65_HS1-834228961_62-HQ-83894_Section_8
Agency: FBI
Page 196
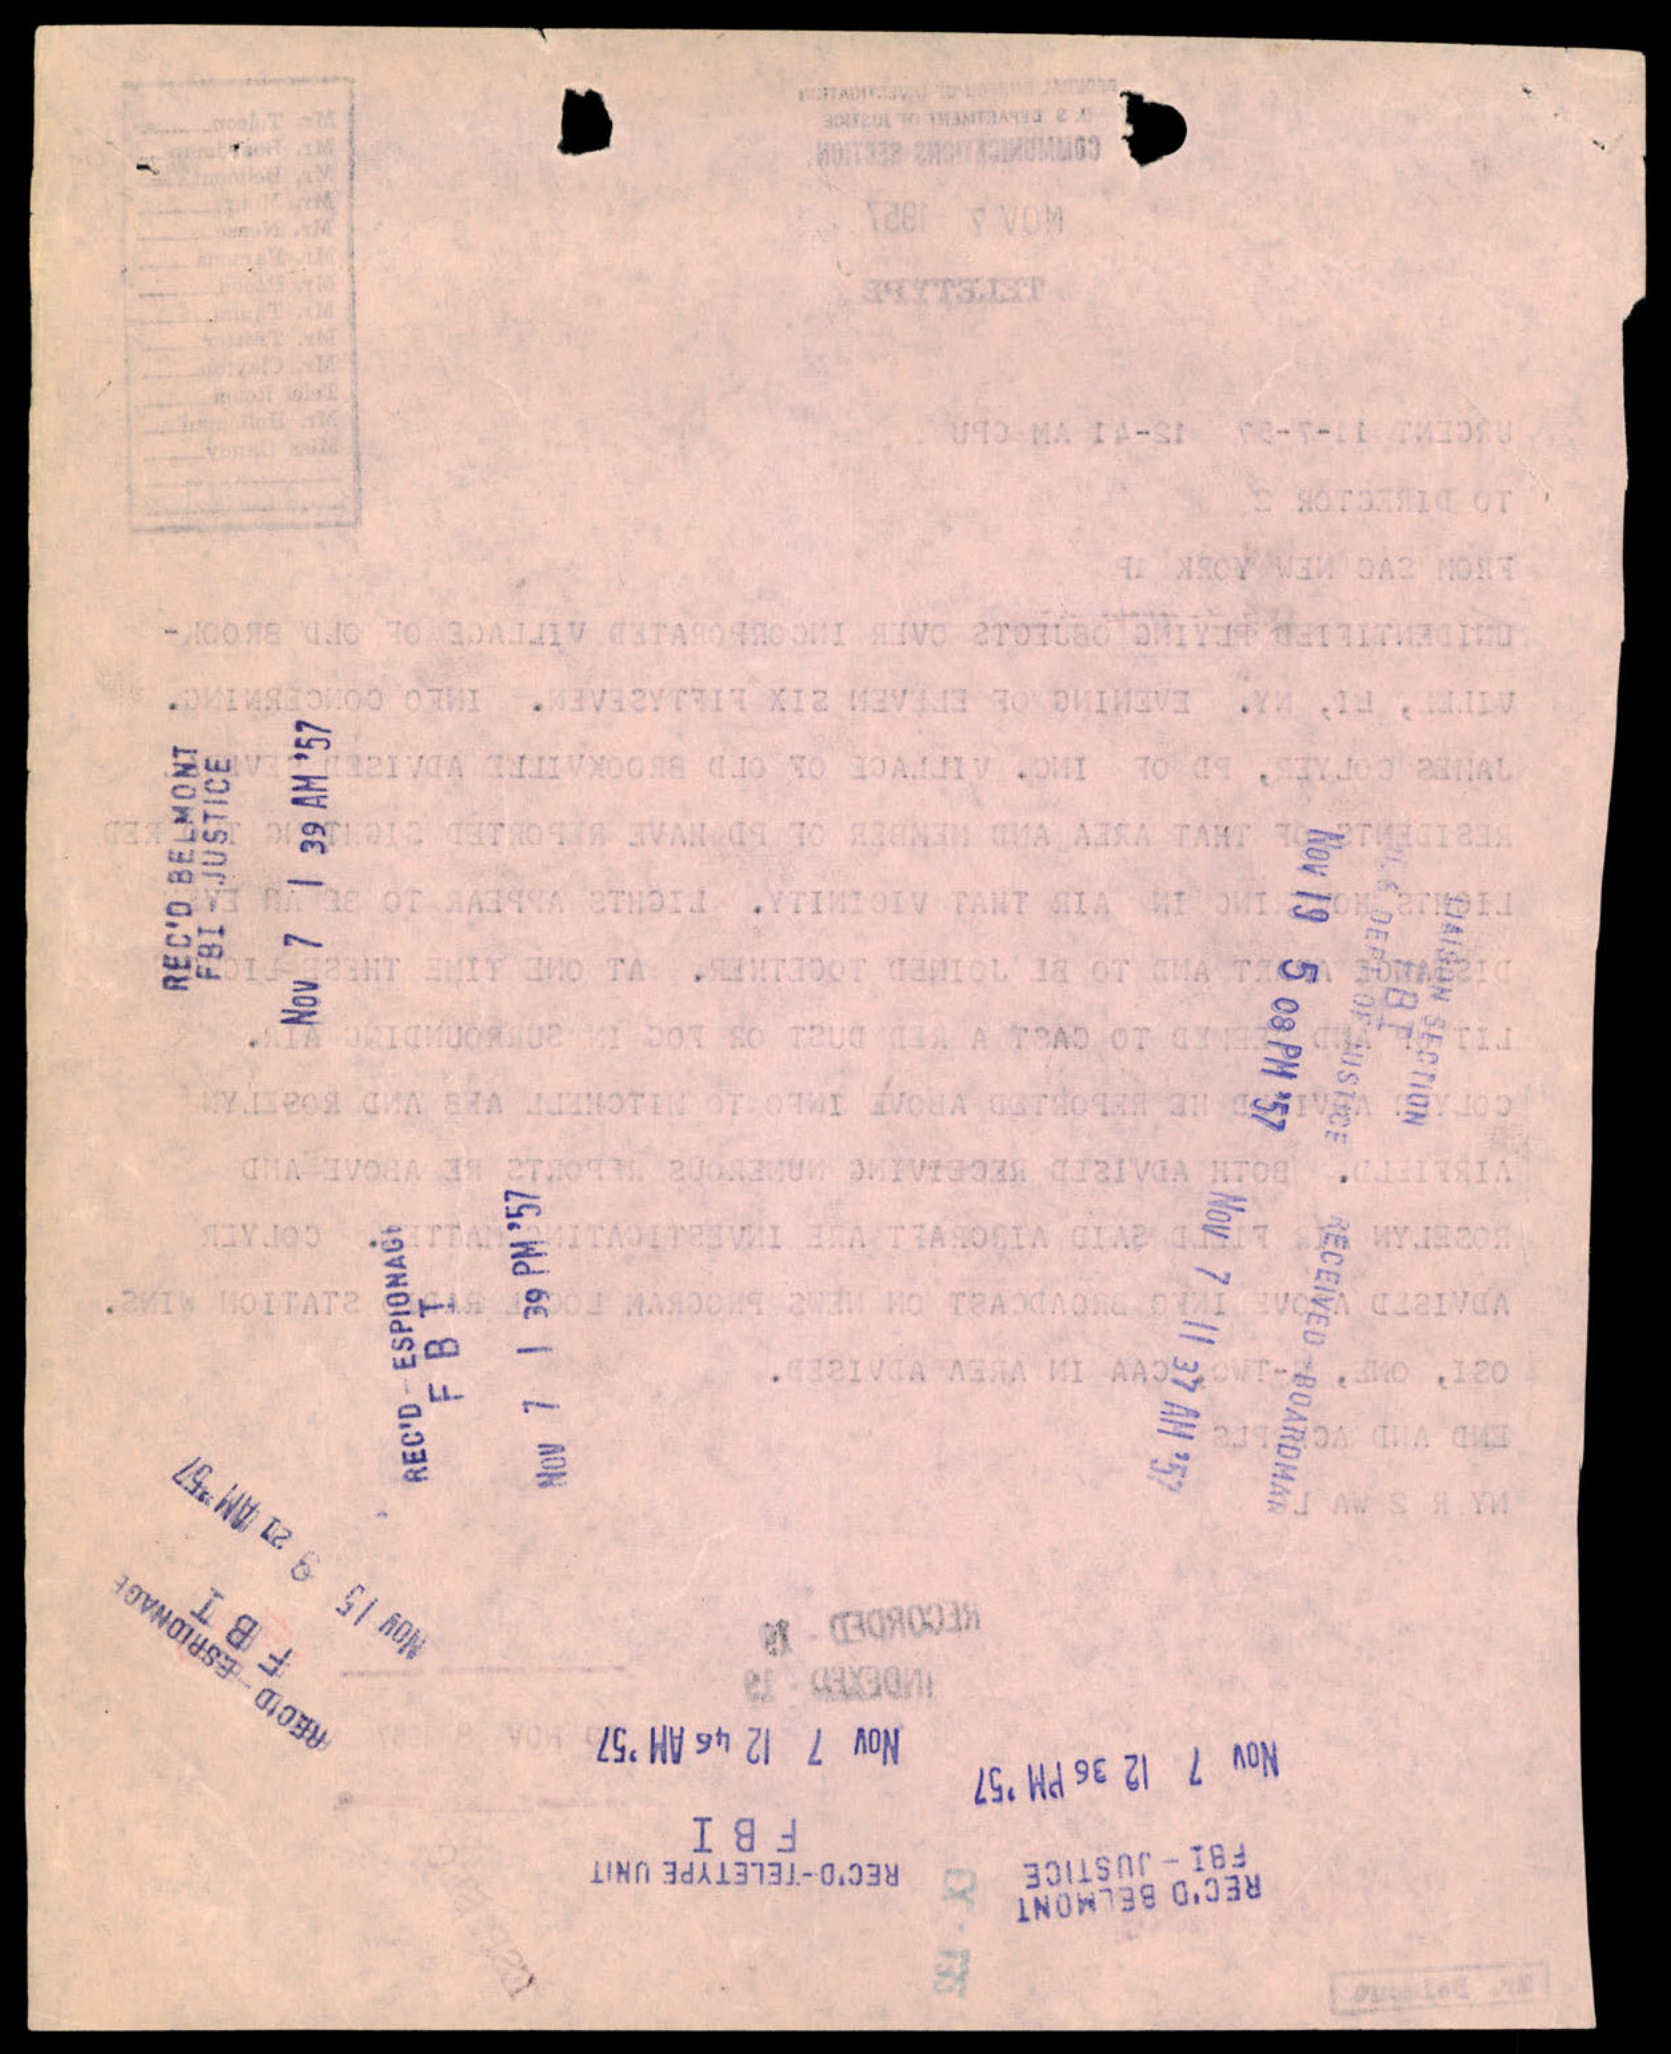